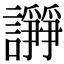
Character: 𧬦